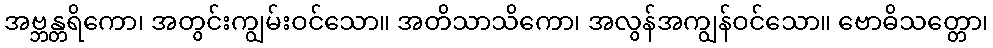
အဗ္ဘန္တရိကော၊ အတွင်းကျွမ်းဝင်သော။ အတိသာသိကော၊ အလွန်အကျွန်ဝင်သော။ ဗောဓိသတ္တော၊